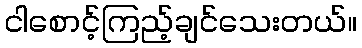
ငါစောင့်ကြည့်ချင်သေးတယ်။